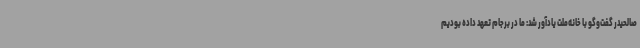
صالحیدر گفت‌وگو با خانه‌ملت یادآور شد: ما در برجام تعهد داده بودیم